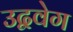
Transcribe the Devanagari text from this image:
उद्ववेग